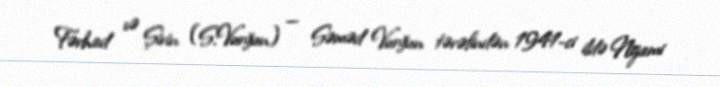
Fərhad və Şirin (S.Vurğun) — Səməd Vurğun tərəfindən 1941-ci ildə Nizami